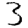
Digit: 3